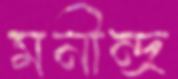
মনীন্দ্র